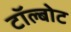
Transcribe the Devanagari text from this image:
टॉल्बोट